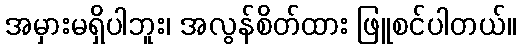
အမှားမရှိပါဘူး၊ အလွန်စိတ်ထား ဖြူစင်ပါတယ်။